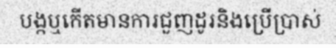
បង្កឬកើតមានការជួញដូរនិងប្រើប្រាស់